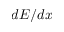
d E / d x